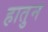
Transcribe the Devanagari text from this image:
हातुन